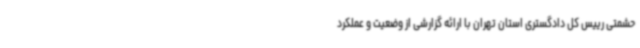
حشمتی رییس کل دادگستری استان تهران با ارائه گزارشی از وضعیت و عملکرد